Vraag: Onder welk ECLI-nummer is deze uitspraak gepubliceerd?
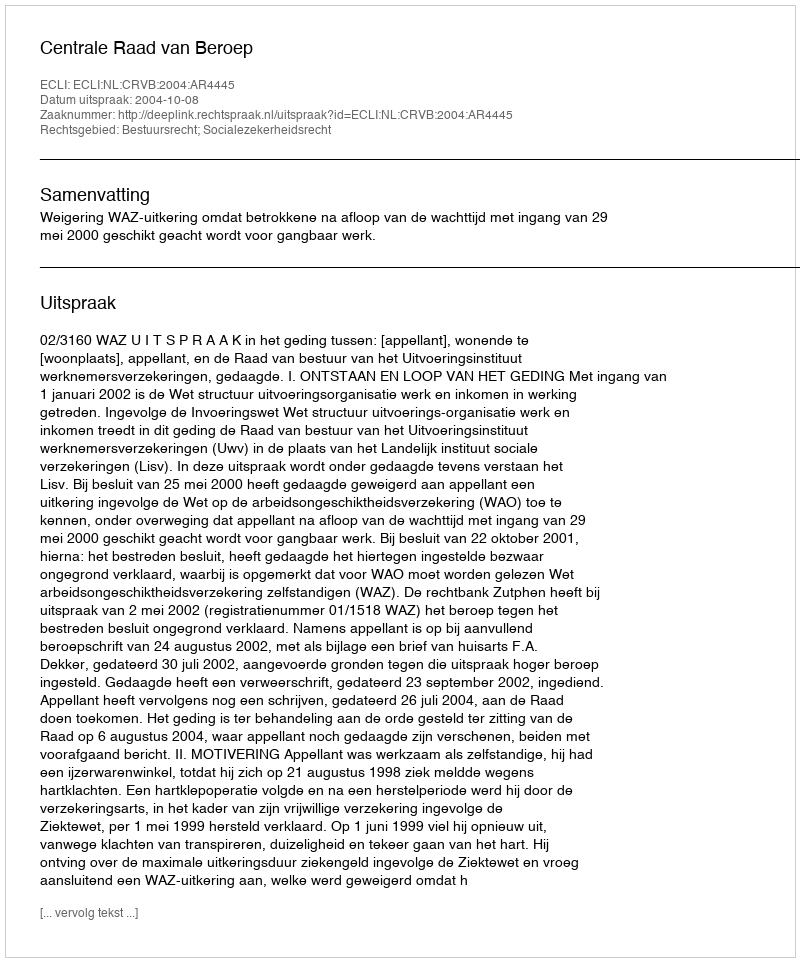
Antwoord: ECLI:NL:CRVB:2004:AR4445